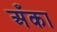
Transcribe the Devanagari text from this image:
अँका